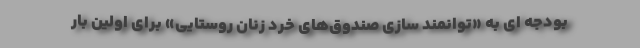
بودجه ای به «توانمند سازی صندوق‌های خرد زنان روستایی» برای اولین بار